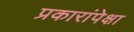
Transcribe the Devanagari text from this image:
प्रकारांपेक्षा